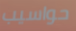
حواسيب